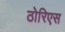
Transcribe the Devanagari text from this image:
ठोरिएस